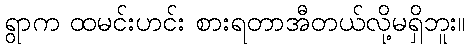
ရွာက ထမင်းဟင်း စားရတာအီတယ်လို့မရှိဘူး။